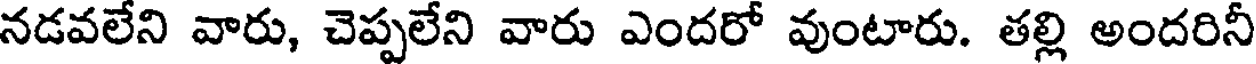
నడవలేని వారు, చెప్పలేని వారు ఎందరో వుంటారు. తల్లి అందరినీ